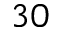
3 0